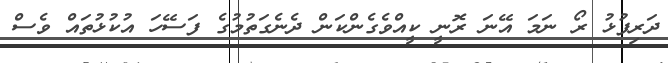
ދަރިފުޅު ރޯ ނަމަ އޭނަ ރޮނީ ކީއްވެގެންކަން ދެނެގަތުމުގެ ފަސޭހަ އުކުޅުތައް ވެސް